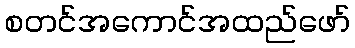
စတင်အကောင်အထည်ဖော်